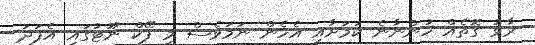
ރާޅު ގޮތެއް ހުންނާނެ ކަމަށާއި އެހެން ނަމަވެސް މި ފޭކް ނޫޓުގައި އެފަދަ